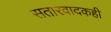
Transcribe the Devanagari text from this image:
सतारवादकही